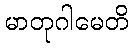
မာတုဂါမေတိ